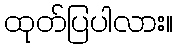
ထုတ်ပြပါလား။